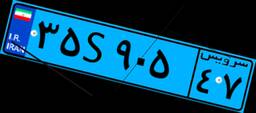
۳۱S۴۷۷۹۹